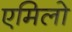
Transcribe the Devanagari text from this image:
एमिलो